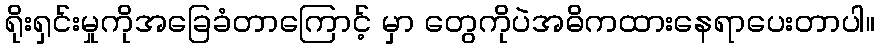
ရိုးရှင်းမှုကိုအခြေခံတာကြောင့် မှာ တွေကိုပဲအဓိကထားနေရာပေးတာပါ။